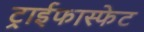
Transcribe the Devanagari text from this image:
ट्राईफास्फेट